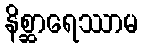
နိစ္ဆာရေဿာမ